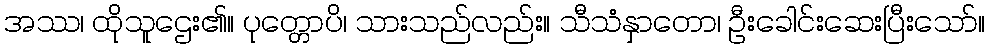
အဿ၊ ထိုသူဌေး၏။ ပုတ္တောပိ၊ သားသည်လည်း။ သီသံနှာတော၊ ဦးခေါင်းဆေးပြီးသော်။